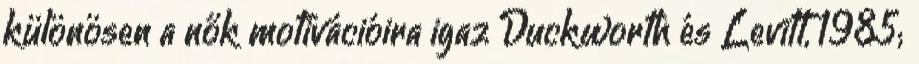
különösen a nők motivációira igaz Duckworth és Levitt, 1985;